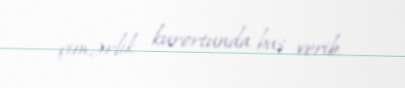
çimərlik kurortunda baş verib.